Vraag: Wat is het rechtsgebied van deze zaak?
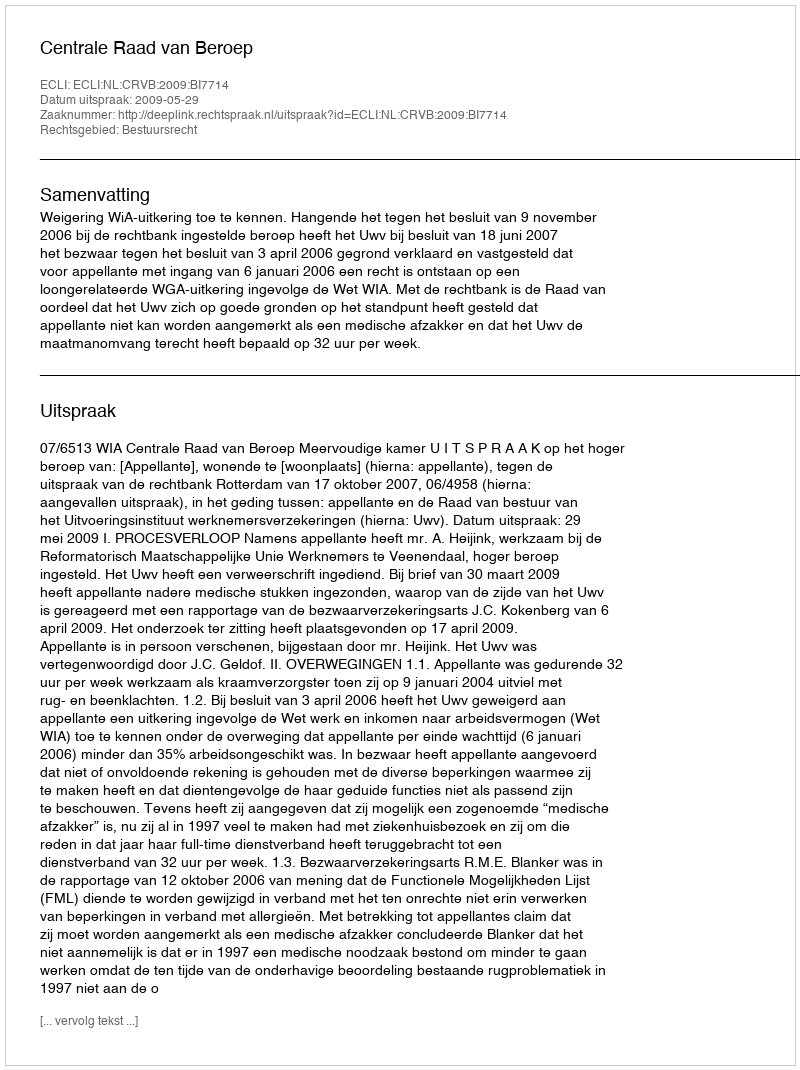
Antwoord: Bestuursrecht